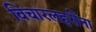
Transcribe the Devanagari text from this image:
विचारलहरींना